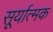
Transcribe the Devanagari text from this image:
सूर्यात्मक